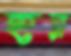
হর